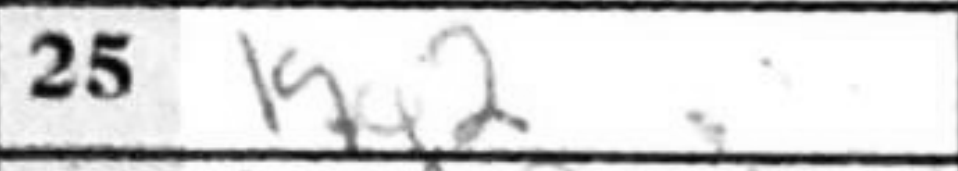
Transcription: Kg2